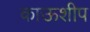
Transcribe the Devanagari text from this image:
काऊशीप